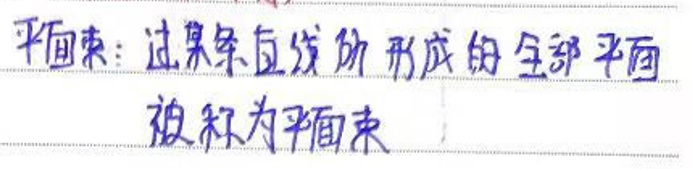
平面束：过某条直线的形成的全部平面
被称为平面束